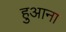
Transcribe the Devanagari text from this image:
हुआना